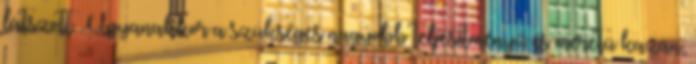
látszott. Ugyanakkor a szükséges nagyobb teljesítményű és méretű kazán,